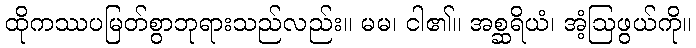
ထိုကဿပမြတ်စွာဘုရားသည်လည်း။ မမ၊ ငါ၏။ အစ္ဆရိယံ၊ အံ့ဩဖွယ်ကို။